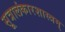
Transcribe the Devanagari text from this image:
सूत्रालंकारशास्त्रम्